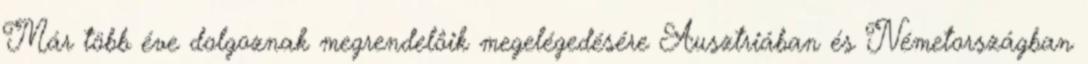
Már több éve dolgoznak megrendelôik megelégedésére Ausztriában és Németországban